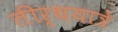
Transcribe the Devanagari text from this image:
तीर्थयात्रे